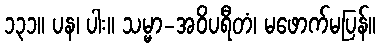
၁၃၁။ ပန၊ ပါး။ သမ္မာ-အဝိပရီတံ၊ မဖောက်မပြန်။